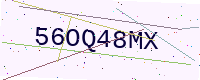
Text: 56OQ48MX